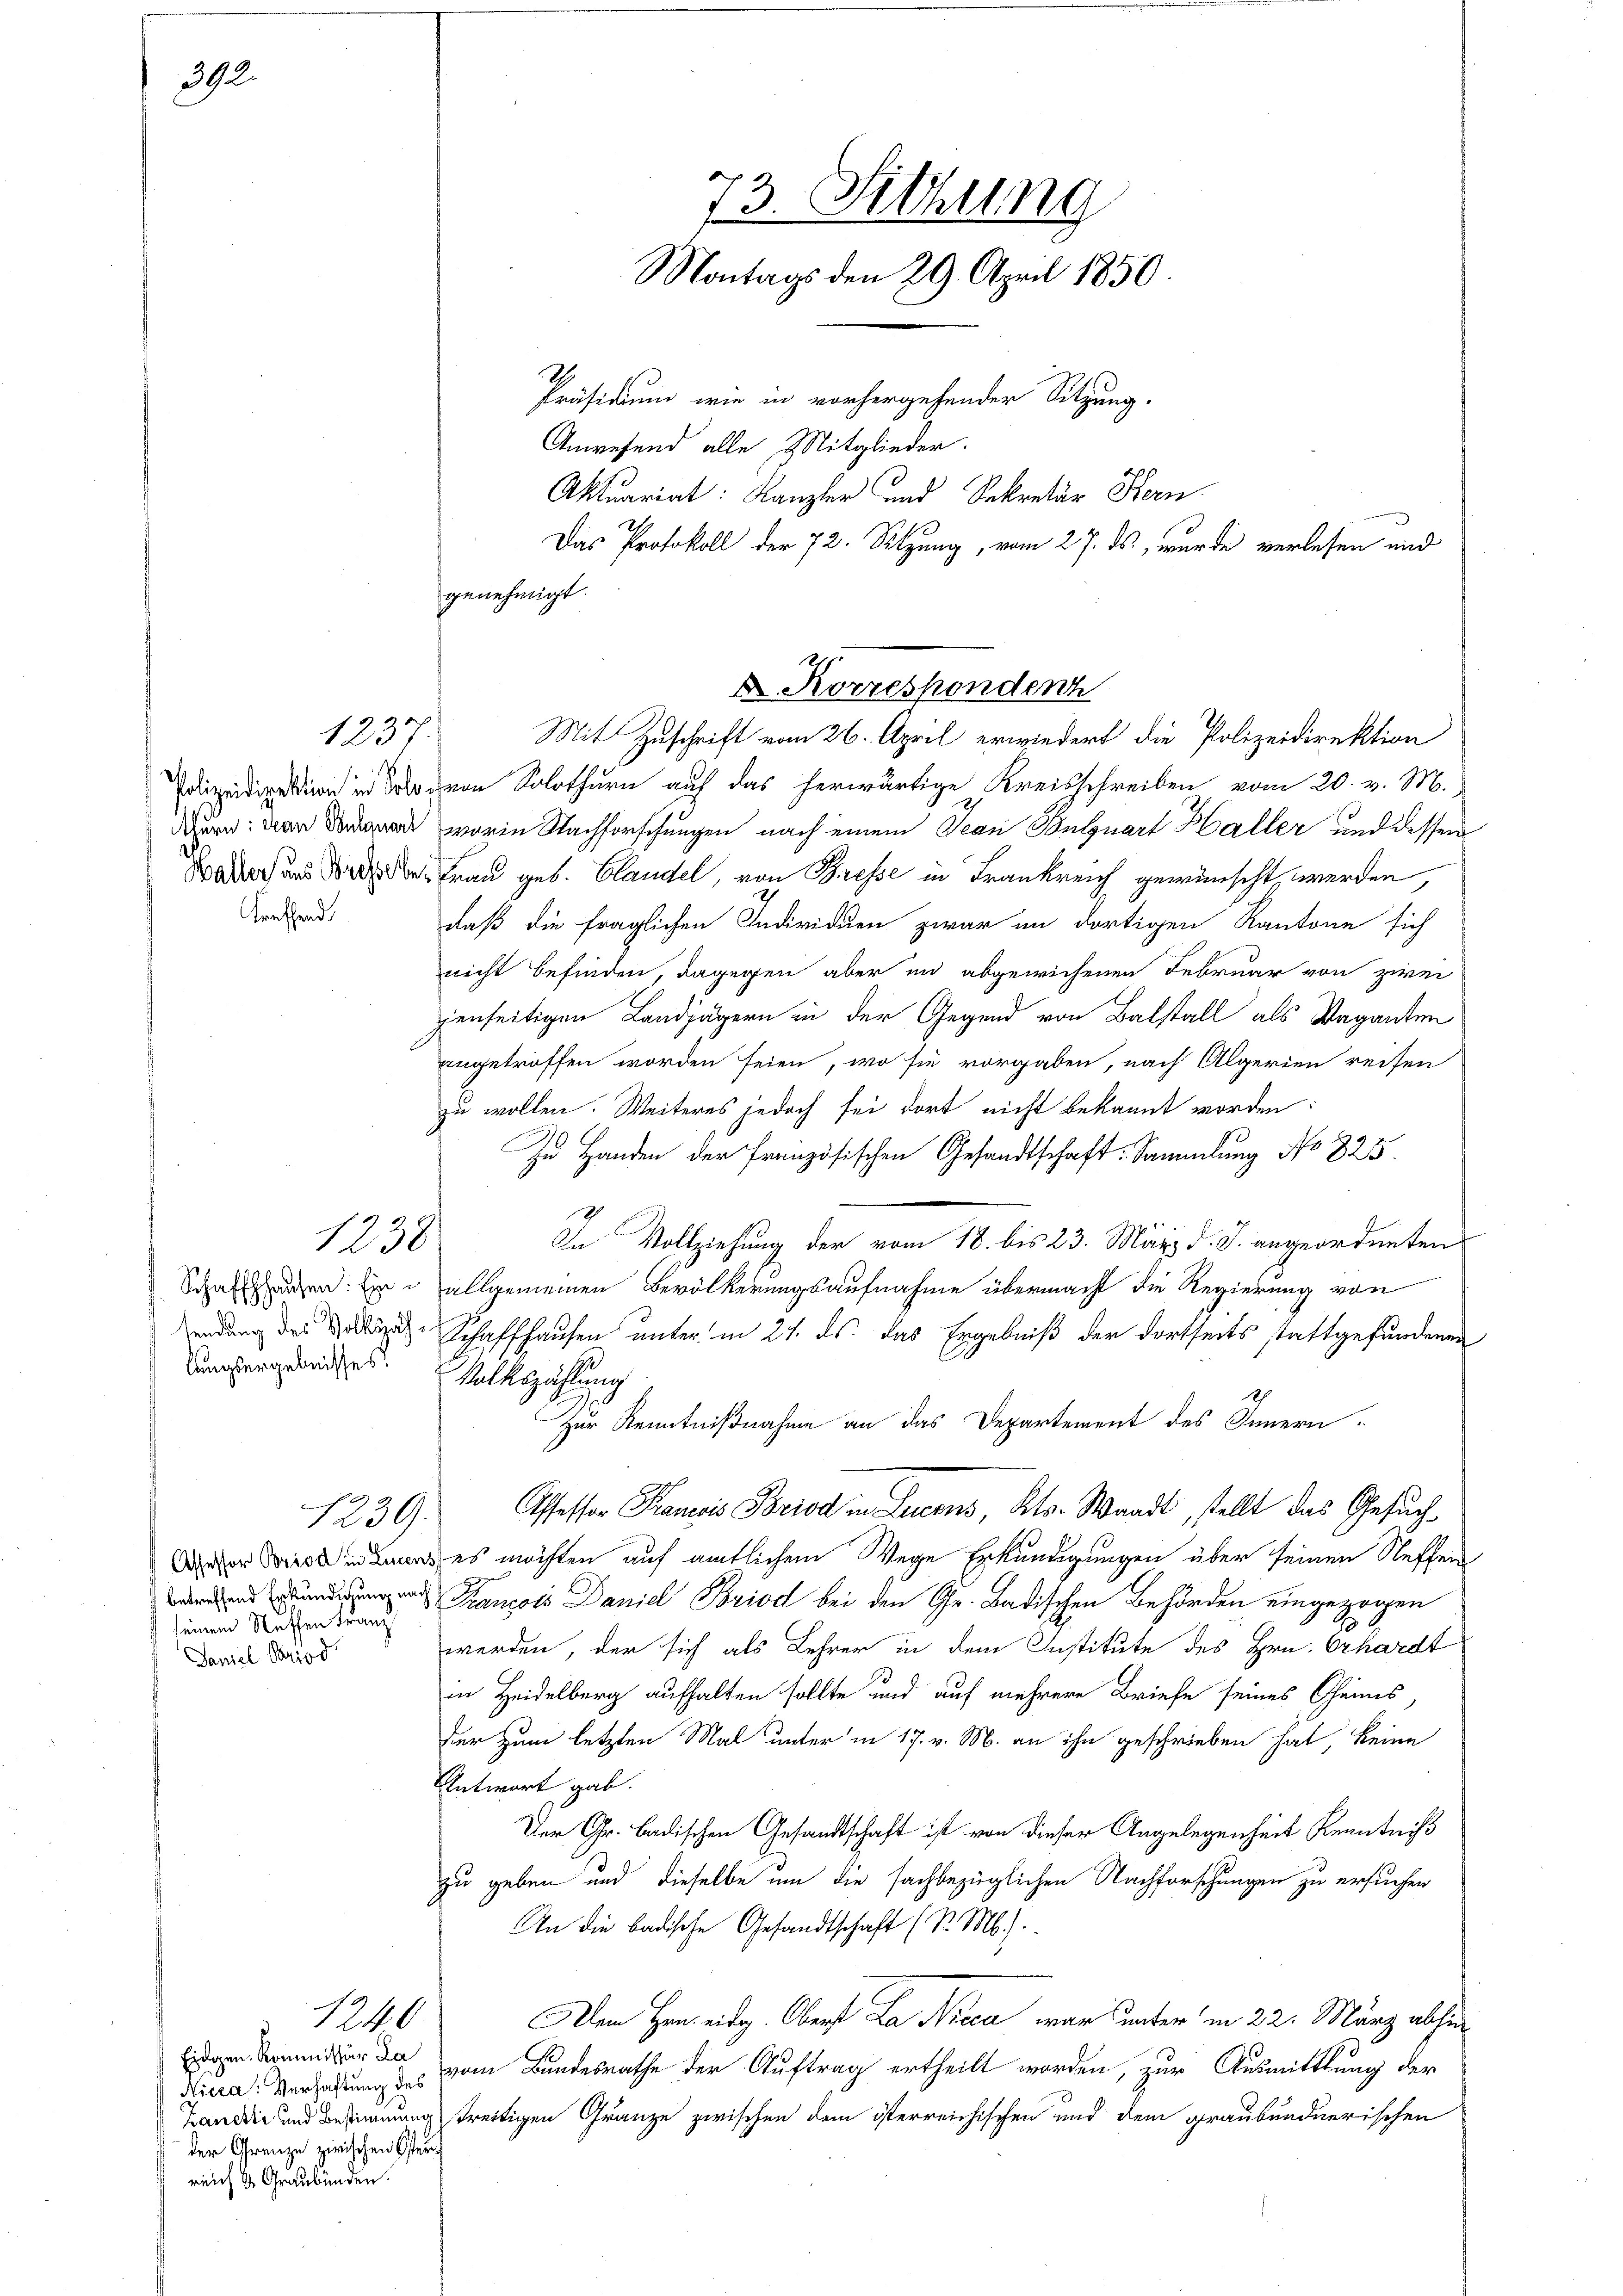
s
treffend.

392.

1237.

1238

lungsergebnisses.

1239.
seinem Neffen Franz
Janiel Period

izeidirektion in denen Solothurn auf das herwärtige Kreisschreiben vom 20. v. M.
 worin Nachforschungen nach einem Jean Bulguart Haller und dessen
Wadoch und dabei Frau geb. Blandel, von Bresse in Frankreich gewünscht werden,
daß die fraglichen Individuen zwar im dortigen Kantone sich
nicht befinden, dagegen aber in abgewichenen Februar von zwei
jenseitigen Landjägern in der Gegend von Balstall als Vaganten
angetroffen worden seien, wo sie vorgaben, nach Algerien reisen
zu wollen. Weiteres jedoch sei dort nicht bekannt worden:
Zu Handen der Französischen Gesandtschaft: Sammlung No 825.
In Vollziehung der vom 18. bis 23. März d. J. angeordneten
Schaugen. Er allgemeinen Bevölkerungsaufnahme übermacht die Regierung von
adung der als Schaffhausen unter in 27. ds. das Ergebniß der dortseits stattgefundenen
Volkszählung
Zur Kenntnißnahme an das Departement des Innern.
Ofessor Prancis Brod in Lucens, Kts. Waadt, stellt das Gesuch
 es möchten auf amtlichem Wege Erkundigungen über seinen Neffen
 Krancois Daniel Briod bei den Gr. Badischen Behörden eingezogen
werden, der sich als Lehrer in dem Institute des Hrn. Erhardt
in Heidelberg aufhalten sollte und auf mehrere Briefe seines Chemnus,
der zum letzten Mal unter in 17. v. M. an ihn geschrieben hat, keine
Antwort gab.
Der Gr. Badischen Gesandtschaft ist von dieser Angelegenheit Kenntniß
zu geben und dieselbe um die sachbezüglichen Nachforschungen zu ersuchen
An die badische Gesandtschaft (S. M.)
Dem Hrn. eidg. Oberst La Nicca war unter in 22. März abhin
vom Bundesrathe der Auftrag ertheilt worden, zur Ausmittlung der
Tanddić und Bestimmung treitigen Gränze zwischen dem österreichischen und dem graubündnerischen

Eidgen. Kommissär La
Nicca: Verhaftung des
der Grenze zwischen Osterreich & Graubünden.

1240.

genehmigt.

73. Sitzung
Montags den 29. April 1850.
Präsidium wie in vorhergehender Sitzung.
Anwesend alle Mitglieder.
Aktuariat: Kanzler und Sekretär Fern
Das Protokoll der 72. Sitzung, vom 27. ds. wurde verlesen und

d Korrespondenh
Mit Zuschrift vom 26. April erwiedert die Polizeidirektion